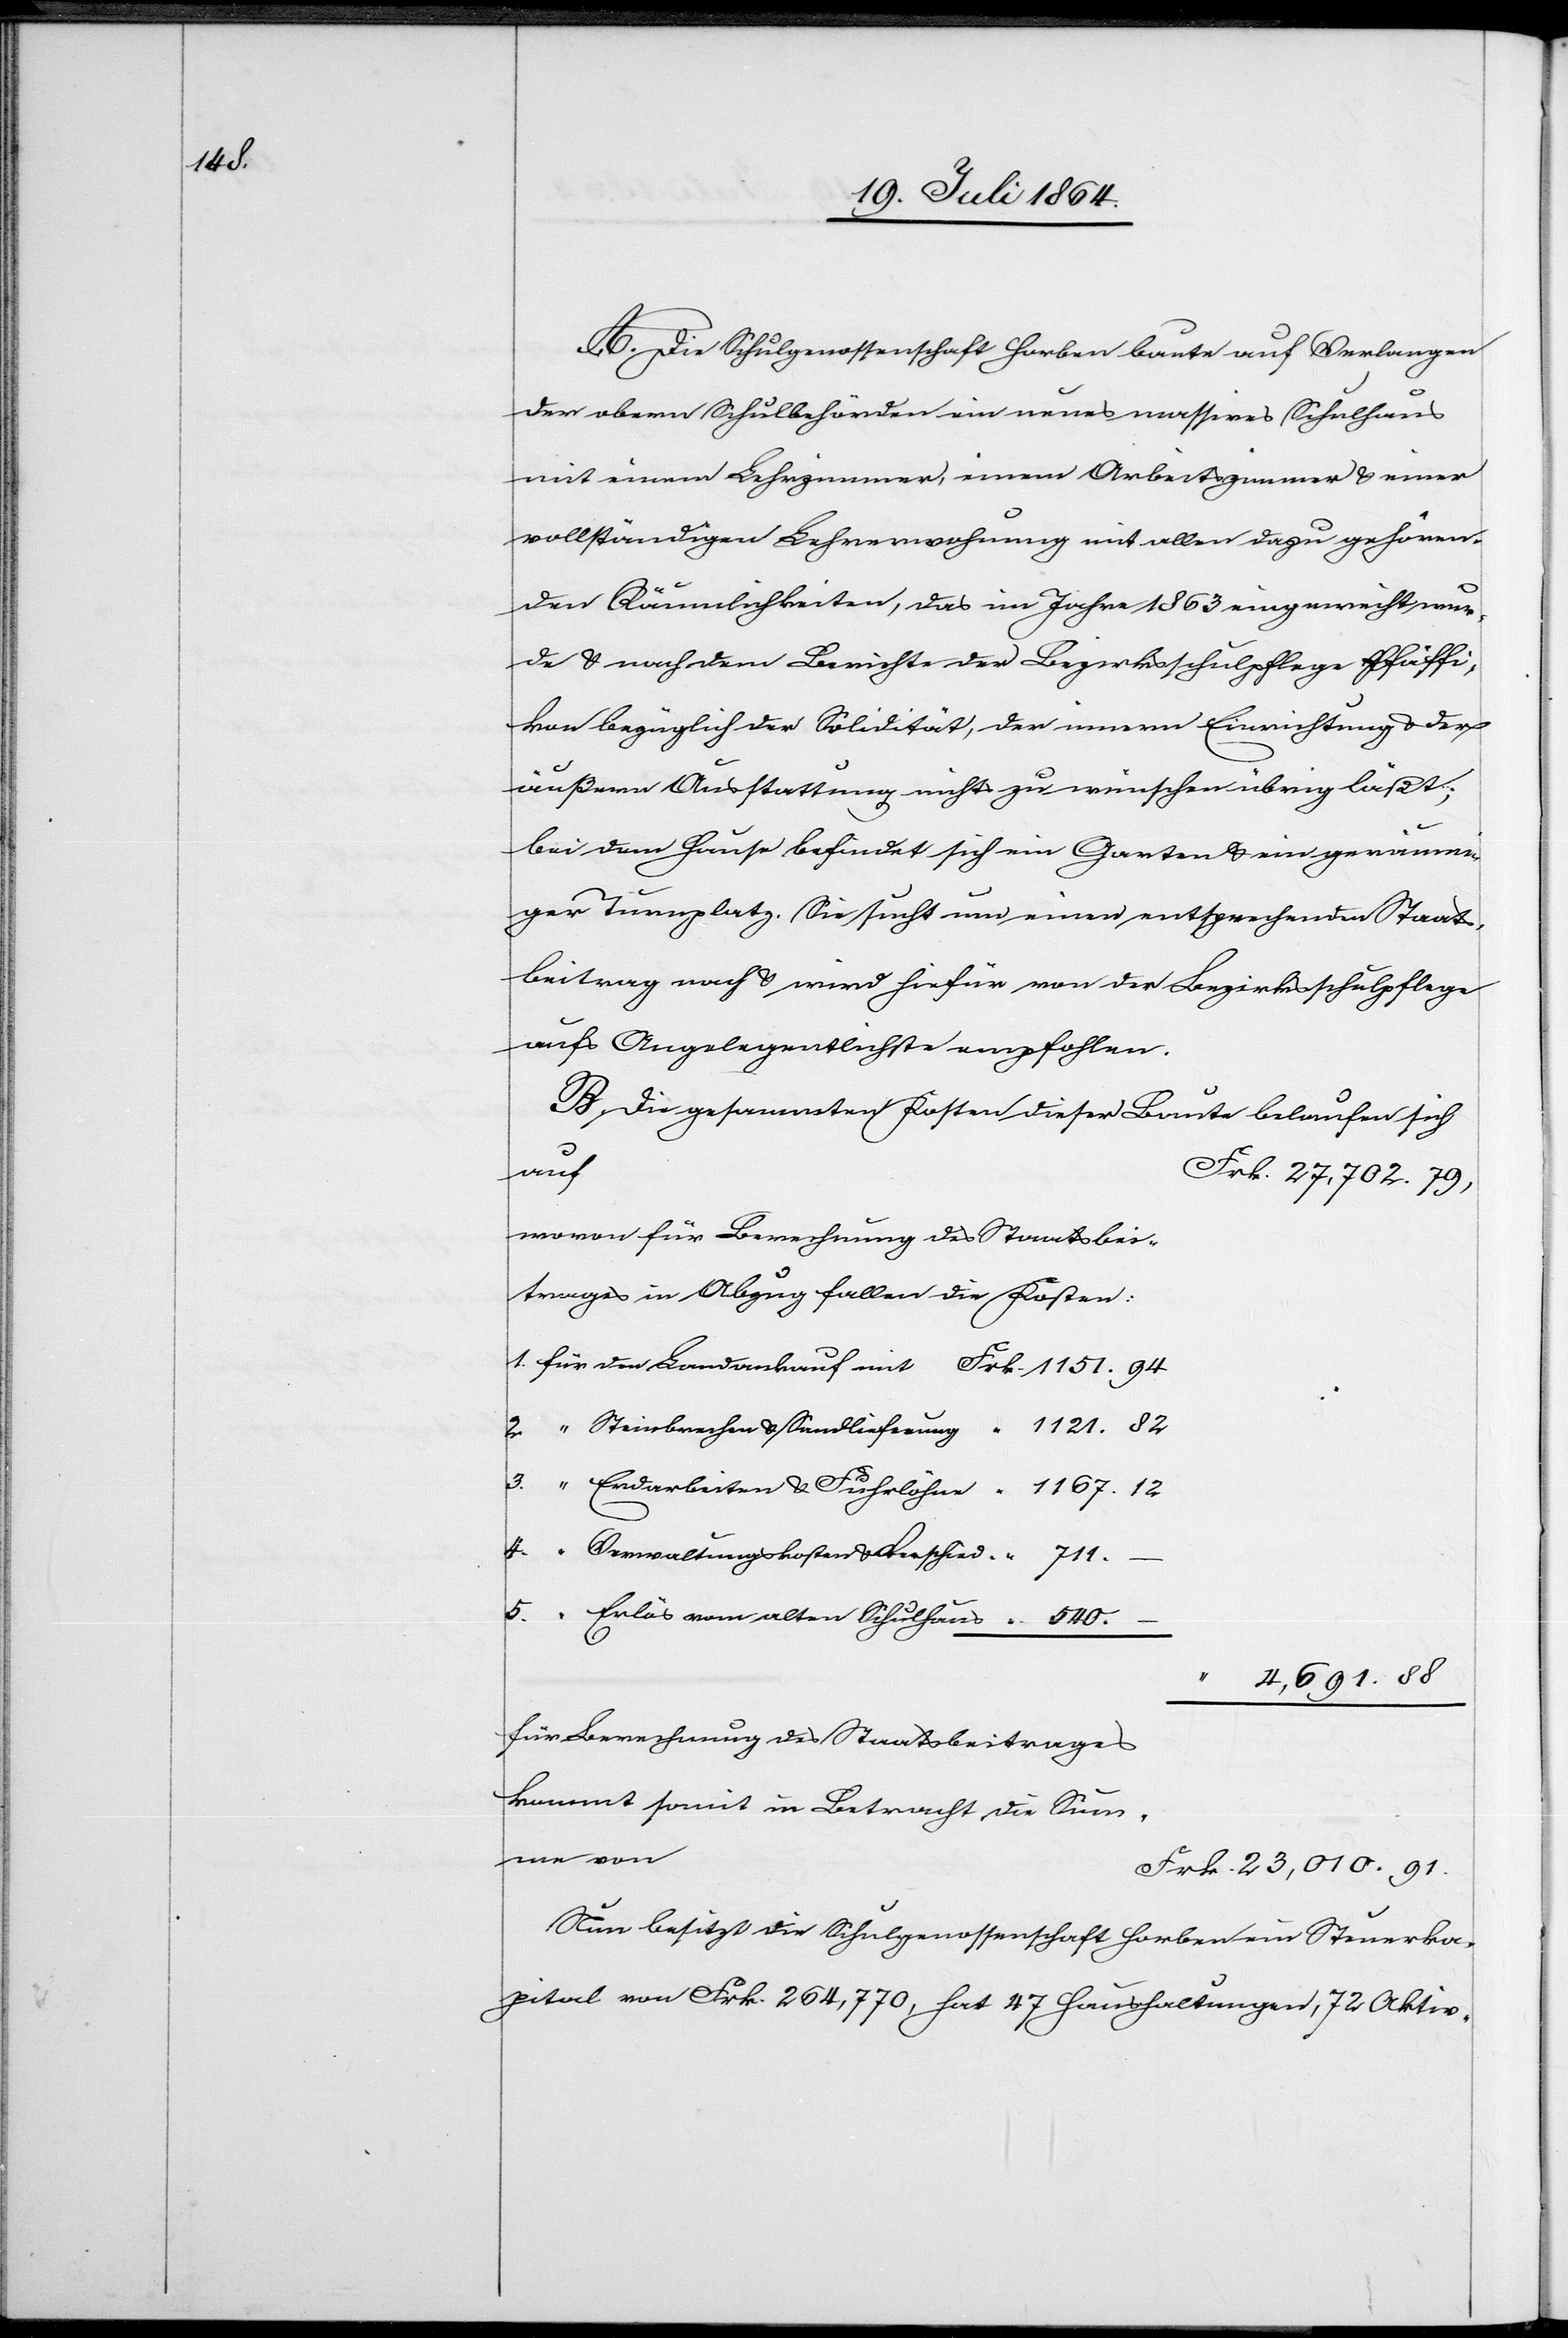
A. Die Schulgenossenschaft Horben baute auf Verlangen
der obern Schulbehörden ein neues massives Schulhaus
mit einem Lehrzimmer, einem Arbeitszimmer u. einer
vollständigen Lehrerwohnung mit allen dazu gehören¬
den Räumlichkeiten, das im Jahre 1863 eingeweiht wur¬
de u. nach dem Berichte der Bezirksschulpflege Pfäffi¬
kon bezüglich der Solidität, der innern Einrichtung u. der
äußern Ausstattung nicht zu wünschen übrig läßt;
bei dem Hause befindet sich ein Garten u. ein geräumi¬
ger Turnplatz. Sie sucht um einen entsprechenden Staats¬
beitrag nach u. wird hiefür von der Bezirksschulpflege
aufs Angelegentlichste empfohlen.
B. Die gesammten Kosten dieser Baute belaufen sich
Landankauf
wovon für Berechnung des Staatsbei¬
trages in Abzug fallen die Kosten:
Erlös vom alten Schulhaus
–
4,691.88
für Berechnung des Staatsbeitrages
kommt somit in Betracht die Summe
Nun besitzt die Schulgenossenschaft Horben ein Steuerka¬
pital von Frk. 264,770, hat 47 Haushaltungen, 72 Aktiv-